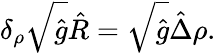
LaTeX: {\delta_{\rho}}\sqrt{\hat{g}}\hat{R}=\sqrt{\hat{g}}\hat{\Delta}\rho.